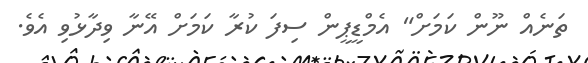
ތަނެއް ނޫން ކަމަށް" އެމްޑީޕީން ސިފަ ކުރާ ކަމަށް އޭނާ ވިދާޅުވި އެވެ.